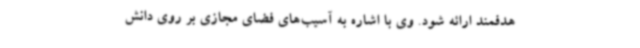
هدفمند ارائه شود. وی با اشاره به آسیب‌های فضای مجازی بر روی دانش‌